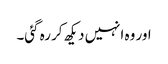
اور وہ انہیں دیکھ کر رہ گئی۔